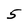
Character: 5